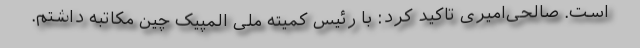
است. صالحی‌امیری تاکید کرد: با رئیس کمیته ملی المپیک چین مکاتبه داشتم.